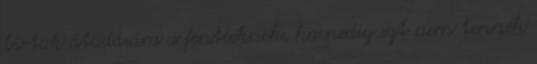
birtok átadására a fentieknek, ha pedig ezt nem tennék